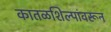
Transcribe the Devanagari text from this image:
कातळशिल्पांवरून